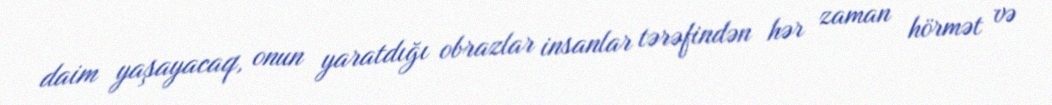
daim yaşayacaq, onun yaratdığı obrazlar insanlar tərəfindən hər zaman hörmət və